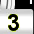
Digit: 3